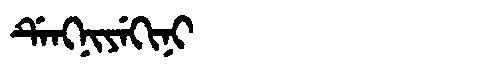
Manchu: ᡩᡝᠩᠨᡳᠶᡝᡴᡳᠨᡳ
Romanization: DENGNIYEKINI